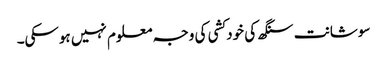
سوشانت سنگھ کی خودکشی کی وجہ معلوم نہیں ہوسکی۔